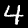
Digit: 4